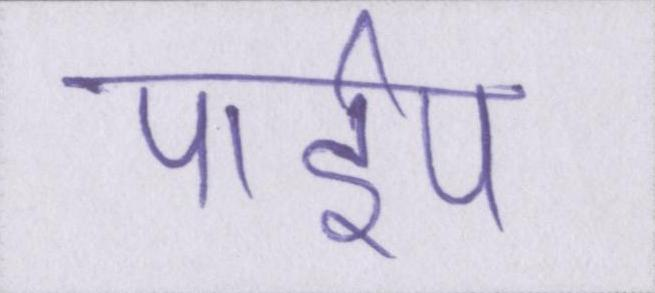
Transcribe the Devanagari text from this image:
पाईप